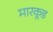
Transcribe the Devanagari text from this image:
मारकूड